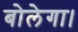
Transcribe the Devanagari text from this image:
बोलेगा।